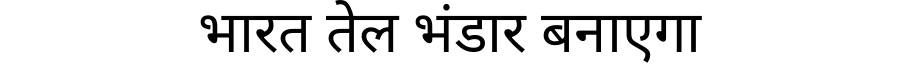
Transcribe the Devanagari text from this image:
भारत तेल भंडार बनाएगा